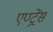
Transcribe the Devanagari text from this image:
एण्ट्रेंस